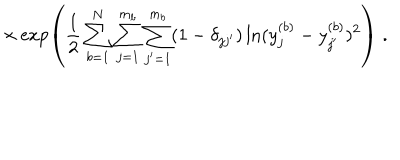
LaTeX: \times \exp \left( \frac { 1 } { 2 } \sum _ { b = 1 } ^ { N } \sum _ { j = 1 } ^ { m _ { b } } \sum _ { j ^ { \prime } = 1 } ^ { m _ { b } } ( 1 - \delta _ { j j ^ { \prime } } ) \ln ( y _ { j } ^ { ( b ) } - y _ { j ^ { \prime } } ^ { ( b ) } ) ^ { 2 } \right) \; .